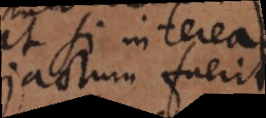
jactum fuerit,